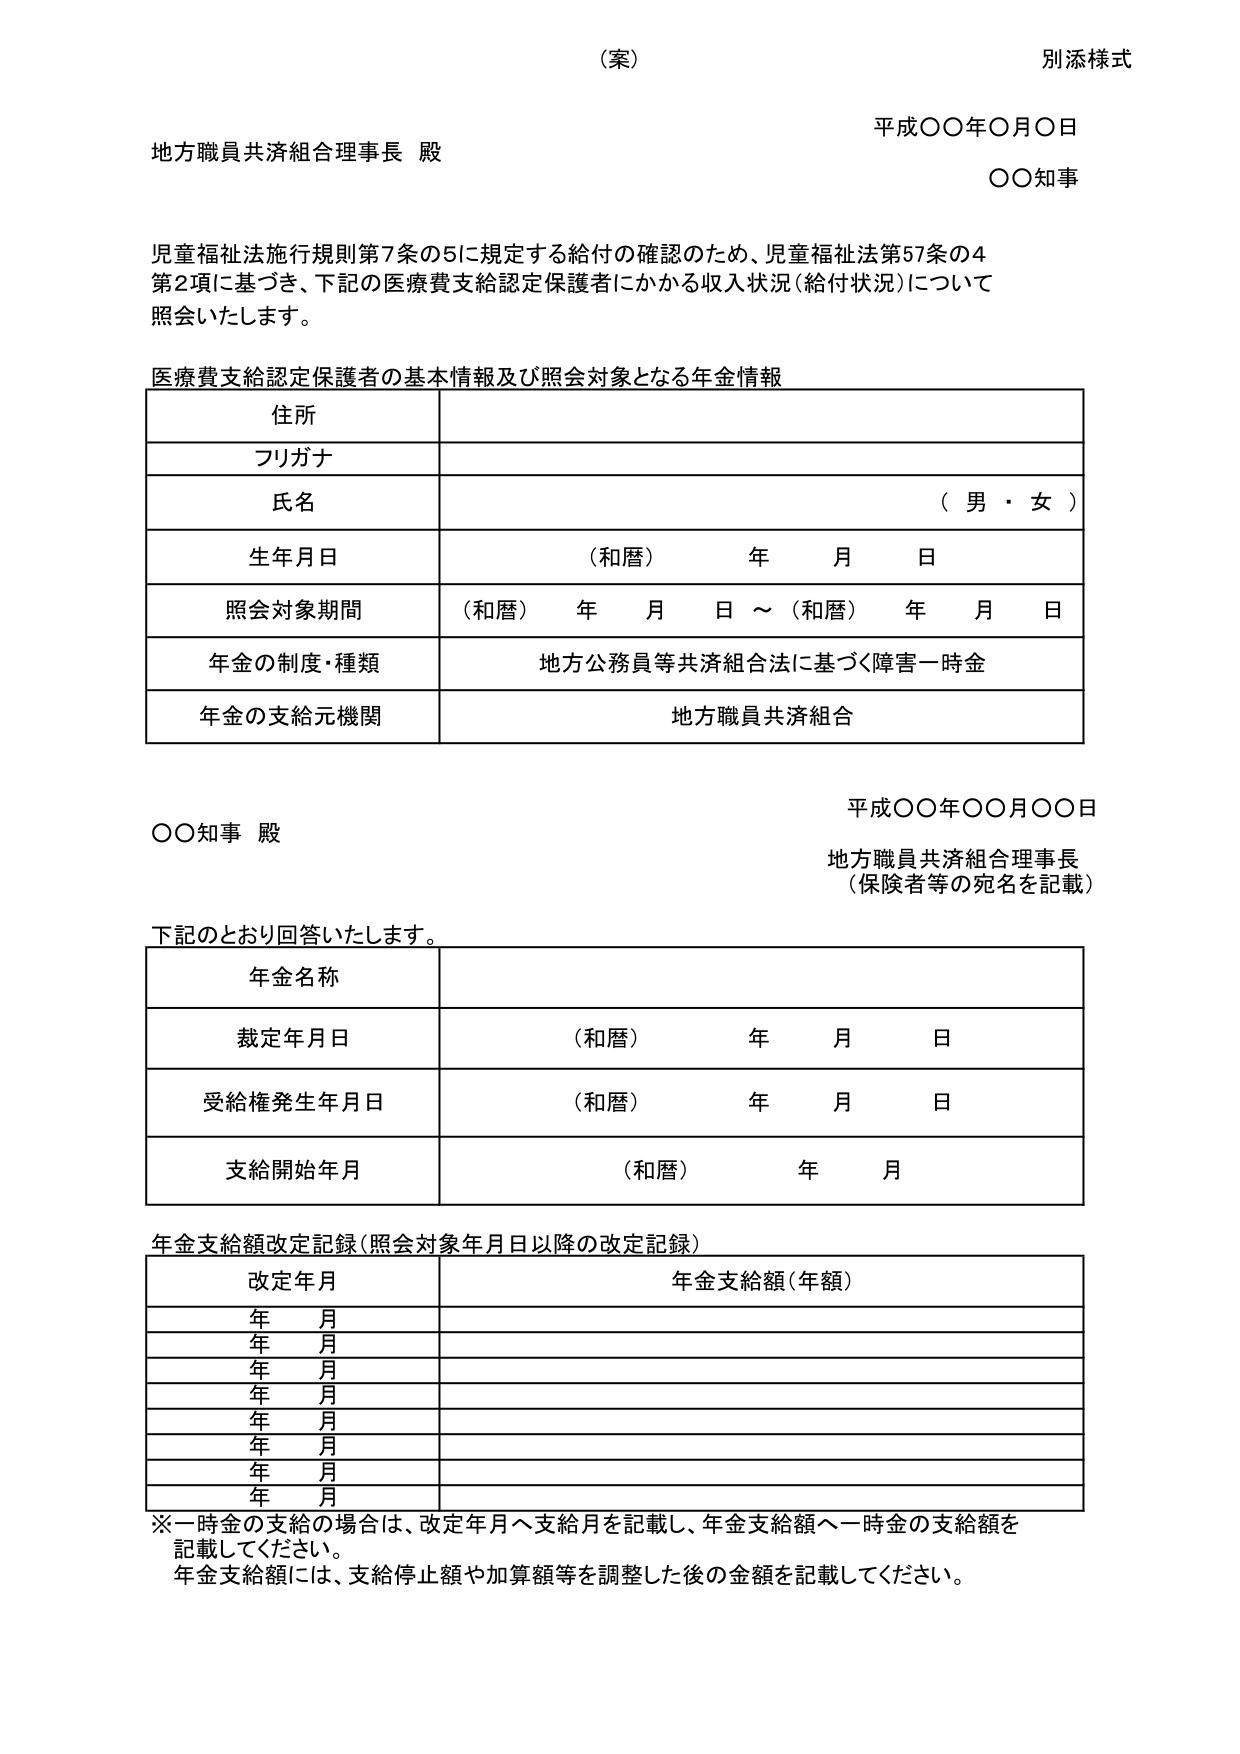
（案）
別添様式

平成〇〇年〇月〇日
地方職員共済組合理事長 殿
〇〇知事

児童福祉法施行規則第7条の5に規定する給付の確認のため、児童福祉法第57条の4
第2項に基づき、下記の医療費支給認定保護者にかかる収入状況（給付状況）について
照会いたします。

医療費支給認定保護者の基本情報及び照会対象となる年金情報

住所
フリガナ
氏名 （男・女）
生年月日 （和暦） 年 月 日
照会対象期間 （和暦） 年 月 日 ～ （和暦） 年 月 日
年金の制度・種類 地方公務員等共済組合法に基づく障害一時金
年金の支給元機関 地方職員共済組合

平成〇〇年〇〇月〇〇日
〇〇知事 殿
地方職員共済組合理事長
（保険者等の宛名を記載）

下記のとおり回答いたします。

年金名称
裁定年月日 （和暦） 年 月 日
受給権発生年月日 （和暦） 年 月 日
支給開始年月 （和暦） 年 月

年金支給額改定記録（照会対象年月日以降の改定記録）

改定年月 年金支給額（年額）
年 月
年 月
年 月
年 月
年 月
年 月
年 月
年 月

※一時金の支給の場合は、改定年月へ支給月を記載し、年金支給額へ一時金の支給額を
記載してください。
年金支給額には、支給停止額や加算額等を調整した後の金額を記載してください。